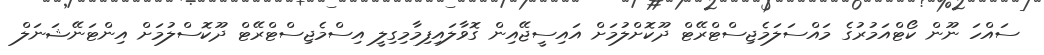
ސައްހަ ނޫން ކޯޓްއަމުރުގެ މައްސަލަމެޖިސްޓްރޭޓް ދޫކޮށްލުމަށް އައިސީޖޭއިން ގޮވާލައިފިމާމިގިލީ އިސްމެޖިސްޓްރޭޓް ދޫކޮސްލުމަށް އިންޓަނޭޝަނަލް